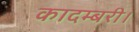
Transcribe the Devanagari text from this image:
कादम्बरी।